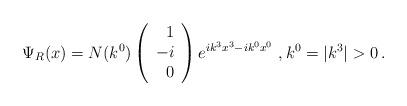
LaTeX: \begin{align*}\Psi_R(x)=N(k^0) \left(\begin{array}{r}1 \\-i \\0 \\\end{array}\right) e^{i k^3 x^3 - i k^0 x^0} \, \, , k^0=|k^3| > 0 \, .\end{align*}